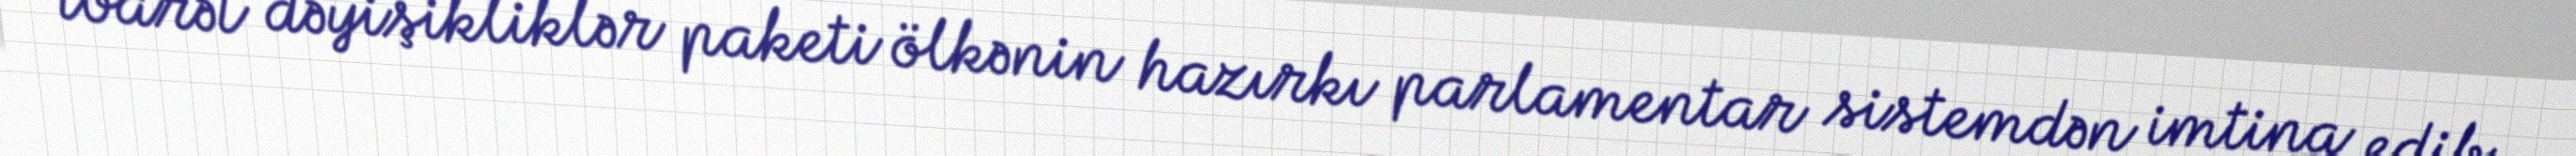
ibarət dəyişikliklər paketi ölkənin hazırkı parlamentar sistemdən imtina edib